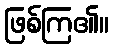
ဖြစ်ကြ၏။